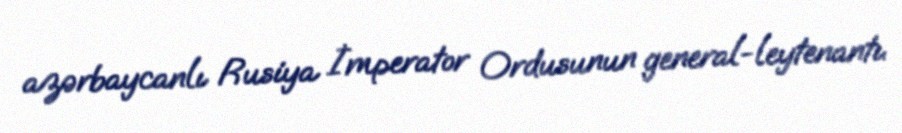
azərbaycanlı Rusiya İmperator Ordusunun general-leytenantı.